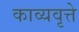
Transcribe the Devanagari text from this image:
काव्यवृत्ते